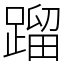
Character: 蹓